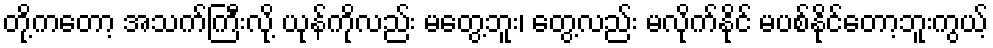
တို့ကတော့ အသက်ကြီးလို့ ယုန်ကိုလည်း မတွေ့ဘူး၊ တွေ့လည်း မလိုက်နိုင် မပစ်နိုင်တော့ဘူးကွယ့်